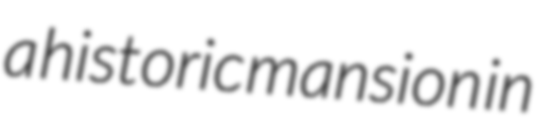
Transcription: a historic mansion in